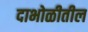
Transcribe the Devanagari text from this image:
दाभोळीतील